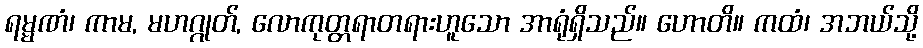
ရမ္မဏံ၊ ကာမ, မဟဂ္ဂုတ်, လောကုတ္တရာတရားဟူသော အာရုံရှိသည်။ ဟောတိ။ ကထံ၊ အဘယ်သို့